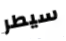
سيطر